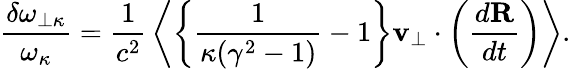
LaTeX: {\frac{\delta\omega_{\perp\kappa}}{\omega_{\kappa}}}={\frac{1}{c^{2}}}\left<\left\{ {\frac{1}{\kappa(\gamma^{2}-1)}}-1\right\} {\mathbf v}_{\perp}\cdot\left({\frac{d{\mathbf R}}{dt}}\right)\right>.